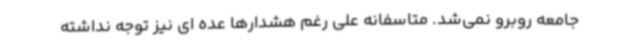
جامعه روبرو نمی‌شد. متاسفانه علی رغم هشدارها عده ای نیز توجه نداشته